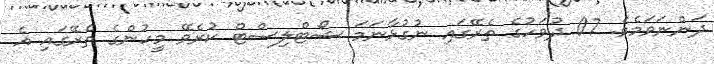
ދަންނަވަމެވެ. 07 ދުވަހުގެ ތެރޭގައި ނުގުޅާނަމަ ޝޯޓްލިސްޓް ކުރެވޭ މީހުންގެ ތެރޭގައި އެ